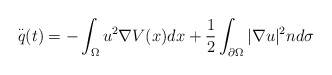
\begin{align*}\overset{..}{q}(t)=-\int_{\Omega }u^{2}\nabla V(x)dx+\frac{1}{2}\int_{\partial \Omega }|\nabla u|^{2}nd\sigma \end{align*}